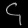
Digit: ၄